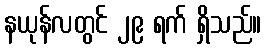
နယုန်လတွင် ၂၉ ရက် ရှိသည်။